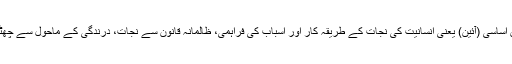
قانون اساسی (آئین) یعنی انسانیت کی نجات کے طریقہ کار اور اسباب کی فراہمی، ظالمانہ قانون سے نجات، درندگی کے ماحول سے چھٹکارا۔